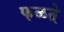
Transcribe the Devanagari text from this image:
फळते